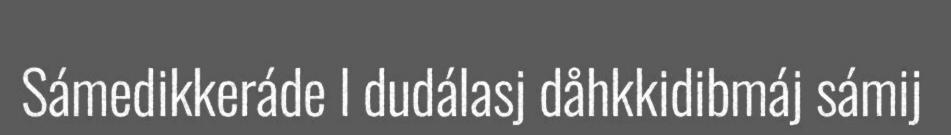
Sámedikkeráde l dudálasj dåhkkidibmáj sámij